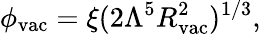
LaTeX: \phi_{\mathrm{vac}}=\xi(2\Lambda^{5}R_{\mathrm{vac}}^{2})^{1/3},